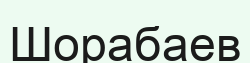
Шорабаев